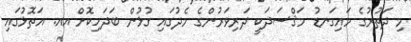
މި ދަތުރުގެ މައިގަނޑު މަޤްސަދަކީ ދަރިވަރުންގެ މެދުގައި ގުޅުން ބަދަހިކޮށް އއ. އަތޮޅުގައި